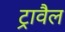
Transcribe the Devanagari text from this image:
ट्रावैल